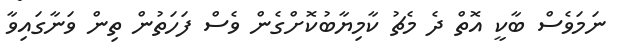
ނަމަވެސް ބާކީ އޮތް ދެ މެޗު ކާމިޔާބުކޮށްގެން ވެސް ފަހަތުން ތިން ވަނާގައިވާ